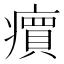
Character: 𬏽